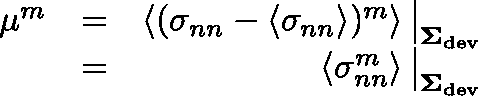
\begin{array} { r l r } { \mu ^ { m } } & { = } & { \left\langle ( \sigma _ { n n } - \left\langle \sigma _ { n n } \right\rangle ) ^ { m } \right\rangle \big \vert _ { \mathbf { \Sigma } _ { \mathrm { d e v } } } } \\ & { = } & { \left\langle \sigma _ { n n } ^ { m } \right\rangle \big \vert _ { \mathbf { \Sigma } _ { \mathrm { d e v } } } } \end{array}